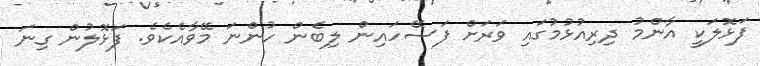
ފަޅޮލަކީ އާންމު ދިރިއުޅުމުގައި ވަރަށް ފަސޭހައިން ލިބެން ހުންނަ މޭވާއެކެވެ. ފަޅޮލުން ގިނަ